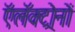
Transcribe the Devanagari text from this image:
ऍलॅक्ट्रोनों